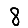
Digit: 8